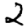
Digit: 2